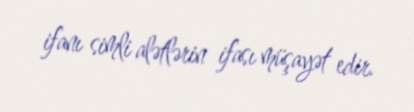
ifanı simli alətlərin ifası müşayət edir.